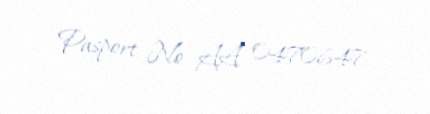
Pasport № AA 0470647